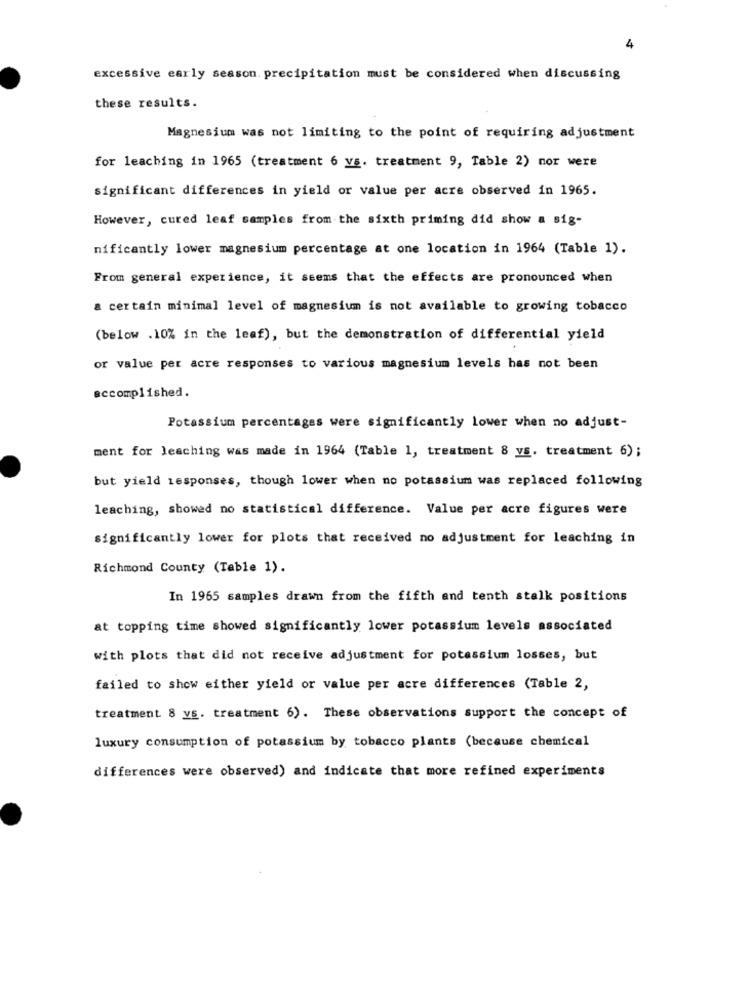
4
excessive early season. precipitation must be considered when discussing
these results.
Magnesium was not limiting to the point of requiring adjustment
for leaching in 1965 (treatment 6 vs. treatment 9, Table 2) nor were
significant differences in yield or value per acre observed in 1965.
However, cured leaf samples from the sixth priming did show a sig-
nificantly lower magnesium percentage at one location in 1964 (Table 1).
From general experience, it seems that the effects are pronounced when
a certain minimal level of magnesium is not available to growing tobacco
(below .10% in the leaf), but the demonstration of differential yield
or value per acre responses to various magnesium levels has not been
accomplished.
Potassium percentages were significantly lower when no adjust-
ment for leaching was made in 1964 (Table 1, treatment 8 vs. treatment 6);
but yield responses, though lower when no potassium was replaced following
leaching, showed no statistical difference. Value per acre figures were
significantly lower for plots that received no adjustment for leaching in
Richmond County (Table 1).
In 1965 samples drawn from the fifth and tenth stalk positions
at topping time showed significantly lower potassium levels associated
with plots that did not receive adjustment for potassium losses, but
failed to show either yield or value per acre differences (Table 2,
treatment 8 vs. treatment 6). These observations support the concept of
luxury consumption of potassium by tobacco plants (because chemical
differences were observed) and indicate that more refined experiments